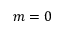
m = 0